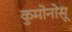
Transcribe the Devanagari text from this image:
कुमोनोसू